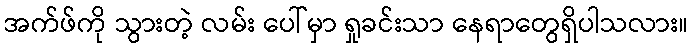
အက်ဖ်ကို သွားတဲ့ လမ်း ပေါ်မှာ ရှုခင်းသာ နေရာတွေရှိပါသလား။